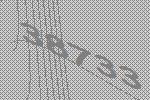
38733